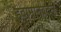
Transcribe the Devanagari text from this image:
हवामानबदल